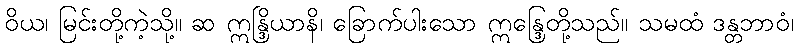
ဝိယ၊ မြင်းတို့ကဲ့သို့။ ဆ ဣန္ဒြိယာနိ၊ ခြောက်ပါးသော ဣန္ဒြေတို့သည်။ သမထံ ဒန္တဘာဝံ၊